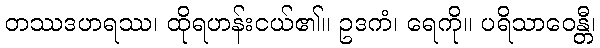
တဿဒဟရဿ၊ ထိုရဟန်းငယ်၏။ ဥဒကံ၊ ရေကို။ ပရိသာဝေန္တီ၊